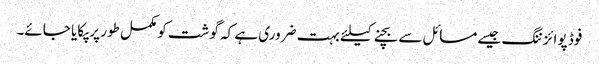
فوڈ پوائزننگ جیسے مسائل سے بچنے کیلئے بہت ضروری ہے کہ گوشت کو مکمل طور پر پکایا جائے۔